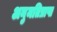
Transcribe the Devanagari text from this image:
अनुमतिप्राप्त